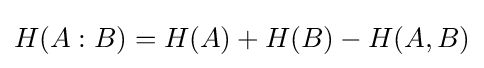
H(A:B)=H(A)+H(B)-H(A,B)